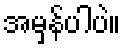
အမှန်ပါပဲ။